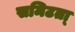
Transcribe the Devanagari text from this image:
समिटता्